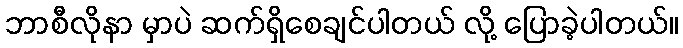
ဘာစီလိုနာ မှာပဲ ဆက်ရှိစေချင်ပါတယ် လို့ ပြောခဲ့ပါတယ်။